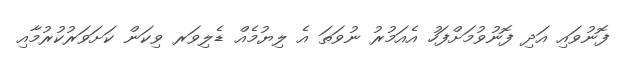
ފޮނުވައި އަދި ފޮނުވުމަށްފަހު އެއަމުރު ނުވަތަ އެ ލިޔުމެއް ޑެލިވަރ ވިކަން ކަށަވަރުކުރުމާއި